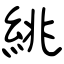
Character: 絩